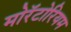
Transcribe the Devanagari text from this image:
मोरॅटोरियम